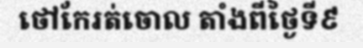
ថៅកែរត់ចោល តាំងពីថ្ងៃទី៩